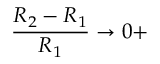
\frac { R _ { 2 } - R _ { 1 } } { R _ { 1 } } \rightarrow 0 +